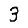
Digit: 3